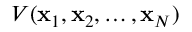
V ( \mathbf { x } _ { 1 } , \mathbf { x } _ { 2 } , \ldots , \mathbf { x } _ { N } )